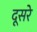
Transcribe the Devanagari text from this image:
दूसरेे